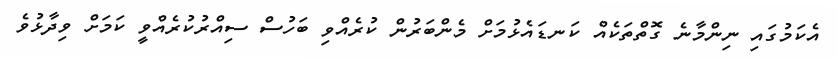
އެކަމުގައި ނިންމާނެ ގޮތްތަކެއް ކަނޑައެޅުމަށް މެންބަރުން ކުރެއްވި ބަހުސް ސިއްރުކުރެއްވީ ކަމަށް ވިދާޅުވެ